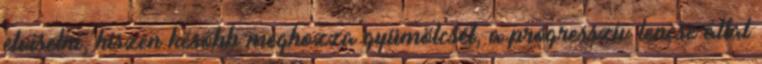
elviselni, hiszen később meghozza gyümölcsét, a progresszív lencse által